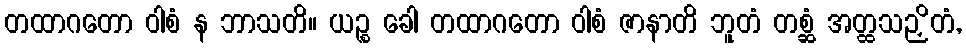
တထာဂတော ဝါစံ န ဘာသတိ။ ယဉ္စ ခေါ တထာဂတော ဝါစံ ဇာနာတိ ဘူတံ တစ္ဆံ အတ္ထသဉှိတံ,